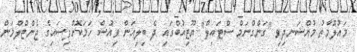
މައުލޫމާތު މުއްސަނދިވި "ގަންގްނަމް ސްޓައިލް" ޔޫޓިއުބްގައި ދެ ބިލިއަން ވިއުސް ހަމަކޮށްފިސައިގެ ޖެންޓްލްމަން